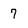
Character: 7